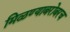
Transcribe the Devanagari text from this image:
मिळण्याबरोबरच